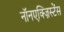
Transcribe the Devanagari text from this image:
नॉनएक्ज़िस्टेंस